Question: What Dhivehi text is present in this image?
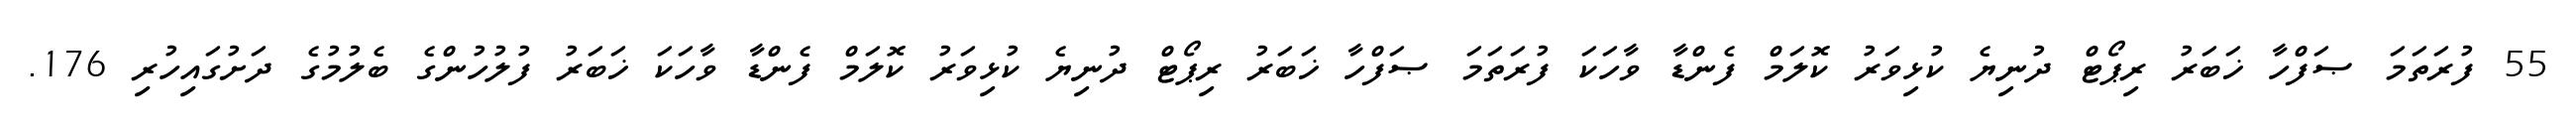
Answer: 55 ފުރަތަމަ ޞަފްހާ ޚަބަރު ރިޕޯޓް ދުނިޔެ ކުޅިވަރު ކޮލަމް ފެންޑާ ވާހަކަ ފުރަތަމަ ޞަފްހާ ޚަބަރު ރިޕޯޓް ދުނިޔެ ކުޅިވަރު ކޮލަމް ފެންޑާ ވާހަކަ ޚަބަރު ފުލުހުންގެ ބެލުމުގެ ދަށުގައިހުރި 176.